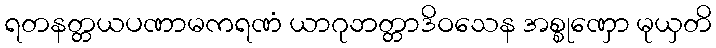
ရတနတ္တယပဏာမကရဏံ ယာဂုဘတ္တာဒိဝသေန အစ္စုဏှော မုယှတိ